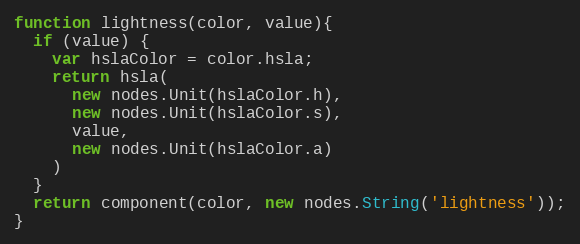
Language: JavaScript
function lightness(color, value){
  if (value) {
    var hslaColor = color.hsla;
    return hsla(
      new nodes.Unit(hslaColor.h),
      new nodes.Unit(hslaColor.s),
      value,
      new nodes.Unit(hslaColor.a)
    )
  }
  return component(color, new nodes.String('lightness'));
}